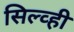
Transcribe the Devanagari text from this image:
सिल्व्ही